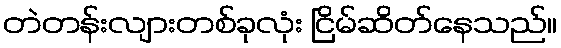
တဲတန်းလျားတစ်ခုလုံး ငြိမ်ဆိတ်နေသည်။